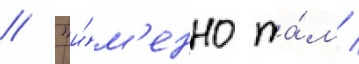
// "и́м'енно та́м /